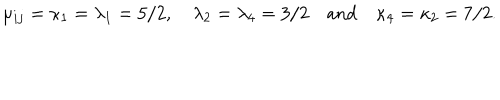
\mu _ { i j } = \kappa _ { 1 } = \lambda _ { 1 } = 5 / 2 , \quad \lambda _ { 2 } = \lambda _ { 4 } = 3 / 2 \quad \mathrm { a n d \quad } \kappa _ { 4 } = \kappa _ { 2 } = 7 / 2 .